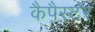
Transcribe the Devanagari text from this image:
कैपैस्टर